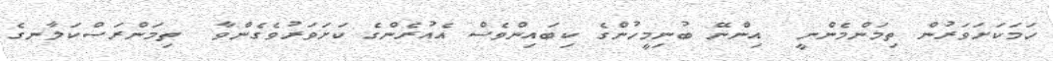
ހަމަކަށަވަރުން ތިމަންމެންނީ  އިންނޭ ބުނިމީހުންގެ ކިބައިންވެސް އެއުރެންގެ ކަށަވަރުވެގެންވާ  ތިމަންރަސްކަލާނގެ